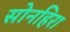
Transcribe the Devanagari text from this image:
सोनहिरा